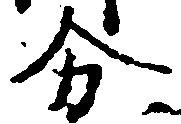
分